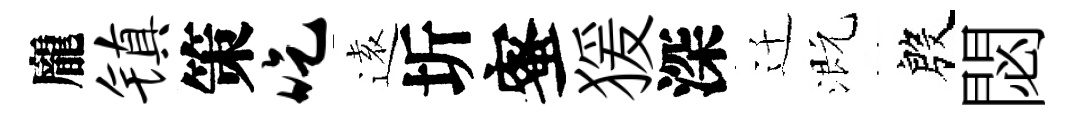
龐镇策吃逺圻蜜猨深迁溉殷閟